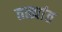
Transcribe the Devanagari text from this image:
तळ्यांत